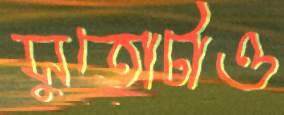
সুতোটাও